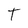
Character: T